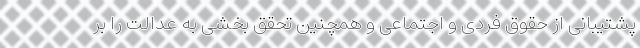
پشتیبانی از حقوق فردی و اجتماعی و همچنین تحقق بخشی به عدالت را بر